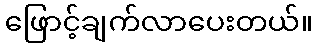
ဖြောင့်ချက်လာပေးတယ်။